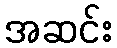
အဆင်း